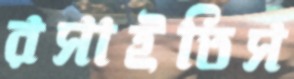
রসাইতিস